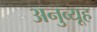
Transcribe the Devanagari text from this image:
अनुव्यूह